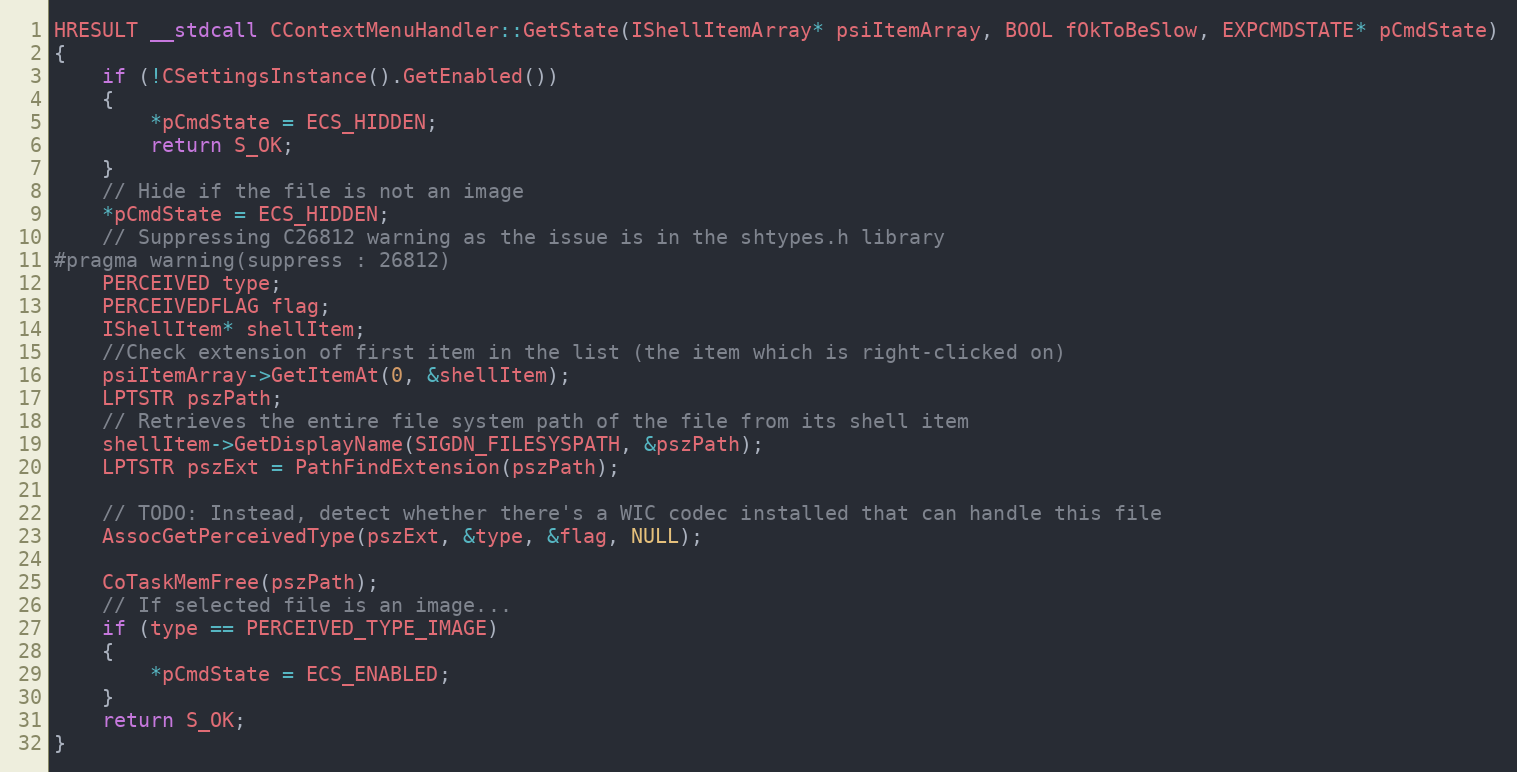
Language: C++
HRESULT __stdcall CContextMenuHandler::GetState(IShellItemArray* psiItemArray, BOOL fOkToBeSlow, EXPCMDSTATE* pCmdState)
{
    if (!CSettingsInstance().GetEnabled())
    {
        *pCmdState = ECS_HIDDEN;
        return S_OK;
    }
    // Hide if the file is not an image
    *pCmdState = ECS_HIDDEN;
    // Suppressing C26812 warning as the issue is in the shtypes.h library
#pragma warning(suppress : 26812)
    PERCEIVED type;
    PERCEIVEDFLAG flag;
    IShellItem* shellItem;
    //Check extension of first item in the list (the item which is right-clicked on)
    psiItemArray->GetItemAt(0, &shellItem);
    LPTSTR pszPath;
    // Retrieves the entire file system path of the file from its shell item
    shellItem->GetDisplayName(SIGDN_FILESYSPATH, &pszPath);
    LPTSTR pszExt = PathFindExtension(pszPath);

    // TODO: Instead, detect whether there's a WIC codec installed that can handle this file
    AssocGetPerceivedType(pszExt, &type, &flag, NULL);

    CoTaskMemFree(pszPath);
    // If selected file is an image...
    if (type == PERCEIVED_TYPE_IMAGE)
    {
        *pCmdState = ECS_ENABLED;
    }
    return S_OK;
}